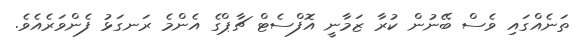
ތަނެއްގައި ވެސް ބޭނުން ކުރާ ޒަމާނީ އޮފްސެޓް ޗާޕްގެ އެންމެ ރަނގަޅު ފެންވަރެއެވެ.